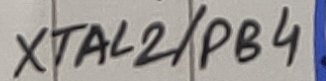
Text: XTAL2/PB4